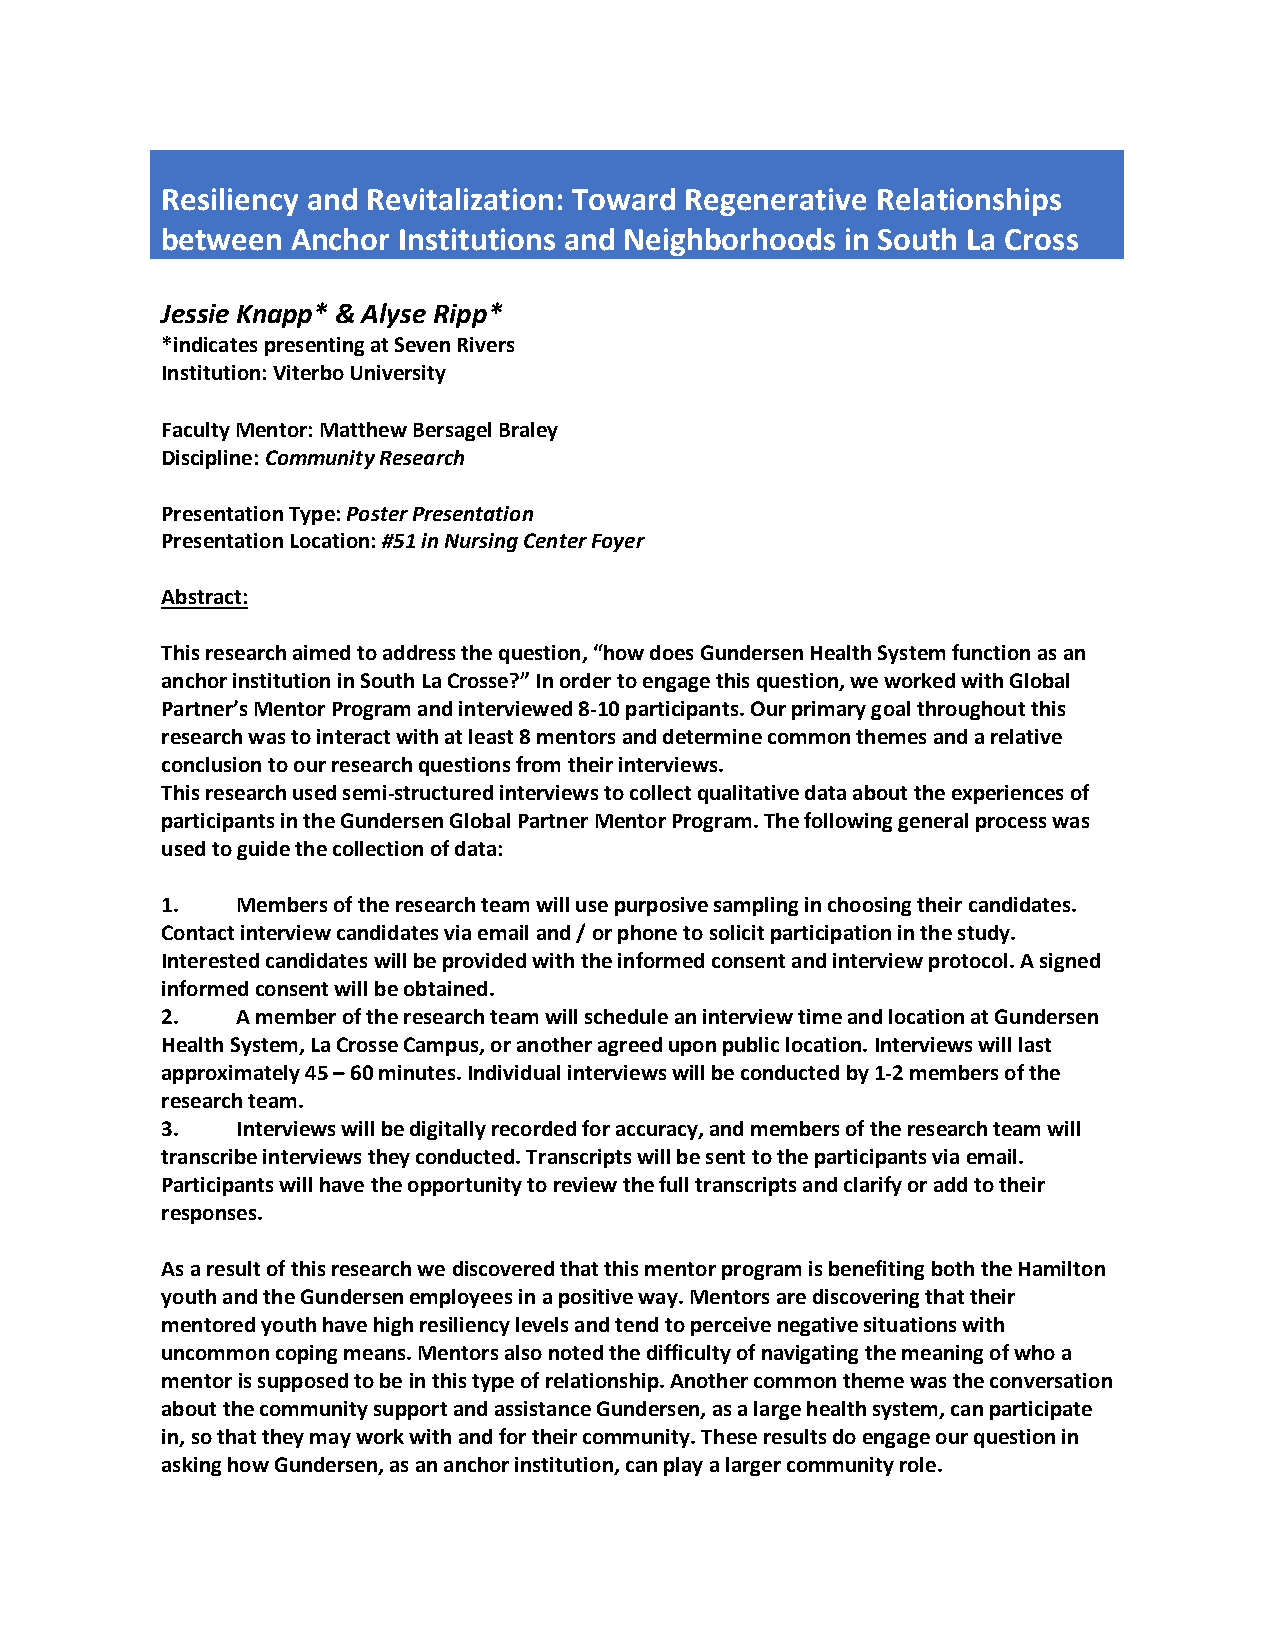
Resiliency and Revitalization: Toward Regenerative Relationships
 between Anchor Institutions and Neighborhoods in South La Cross
 Jessie Knapp* & Alyse Ripp*
 *indicates presenting at Seven Rivers
 Institution: Viterbo University
 Faculty Mentor: Matthew Bersagel Braley
 Discipline: Community Research
 Presentation Type: Poster Presentation
 Presentation Location: #51 in Nursing Center Foyer
 Abstract:
 This research aimed to address the question, “how does Gundersen Health System function as an
 anchor institution in South La Crosse?” In order to engage this question, we worked with Global
 Partner’s Mentor Program and interviewed 8-10 participants. Our primary goal throughout this
 research was to interact with at least 8 mentors and determine common themes and a relative
 conclusion to our research questions from their interviews.
 This research used semi-structured interviews to collect qualitative data about the experiences of
 participants in the Gundersen Global Partner Mentor Program. The following general process was
 used to guide the collection of data:
 1.   Members of the research team will use purposive sampling in choosing their candidates.
 Contact interview candidates via email and / or phone to solicit participation in the study.
 Interested candidates will be provided with the informed consent and interview protocol. A signed
 informed consent will be obtained.
 2.   A member of the research team will schedule an interview time and location at Gundersen
 Health System, La Crosse Campus, or another agreed upon public location. Interviews will last
 approximately 45 – 60 minutes. Individual interviews will be conducted by 1-2 members of the
 research team.
 3.   Interviews will be digitally recorded for accuracy, and members of the research team will
 transcribe interviews they conducted. Transcripts will be sent to the participants via email.
 Participants will have the opportunity to review the full transcripts and clarify or add to their
 responses.
 As a result of this research we discovered that this mentor program is benefiting both the Hamilton
 youth and the Gundersen employees in a positive way. Mentors are discovering that their
 mentored youth have high resiliency levels and tend to perceive negative situations with
 uncommon coping means. Mentors also noted the difficulty of navigating the meaning of who a
 mentor is supposed to be in this type of relationship. Another common theme was the conversation
 about the community support and assistance Gundersen, as a large health system, can participate
 in, so that they may work with and for their community. These results do engage our question in
 asking how Gundersen, as an anchor institution, can play a larger community role.